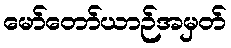
မော်တော်ယာဉ်အမှတ်